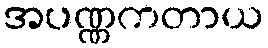
အပဏ္ဏကတာယ